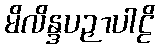
မိလိန္ဒပဉှာပါဠိ